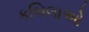
કબિલાઓ